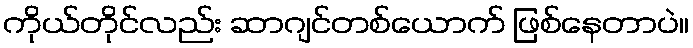
ကိုယ်တိုင်လည်း ဆာဂျင်တစ်ယောက် ဖြစ်နေတာပဲ။